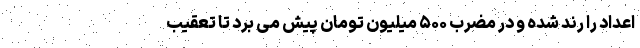
اعداد را رُند شده و در مضرب ۵۰۰ میلیون تومان پیش می برد تا تعقیب